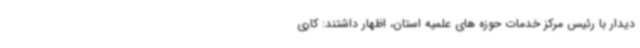
دیدار با رئیس مرکز خدمات حوزه های علمیه استان، اظهار داشتند: کاری